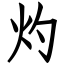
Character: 灼